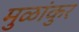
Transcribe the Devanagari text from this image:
मुळांकुर